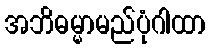
အဘိဓမ္မာမည်ပုံဂါထာ